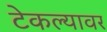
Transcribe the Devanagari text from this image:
टेकल्यावर